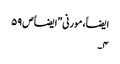
ایضاََ، مورنی”ایضاََ ص ۵۹
۴۔